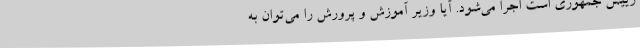
رییس جمهوری است اجرا می‌شود. آیا وزیر آموزش و پرورش را می‌توان به